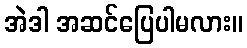
အဲဒါ အဆင်ပြေပါမလား။